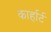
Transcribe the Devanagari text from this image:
कार्हार्ट